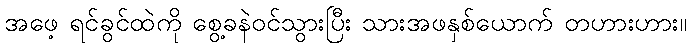
အဖေ့ ရင်ခွင်ထဲကို စွေ့ခနဲဝင်သွားပြီး သားအဖနှစ်ယောက် တဟားဟား။